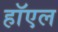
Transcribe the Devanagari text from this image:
हॉएल